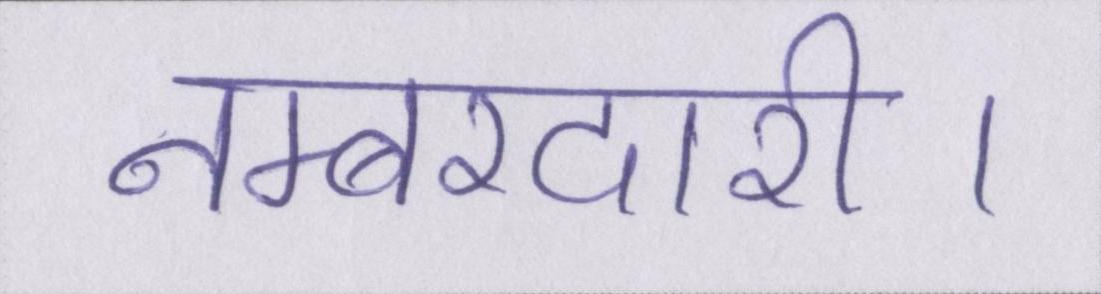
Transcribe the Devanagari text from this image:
नम्बरदारी।